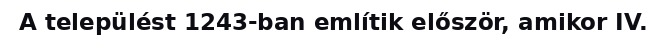
A települést 1243-ban említik először, amikor IV.